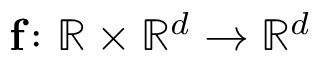
\mathbf { f } \colon \ensuremath { \mathbb { R } } \times \ensuremath { \mathbb { R } ^ { d } } \to \ensuremath { \mathbb { R } ^ { d } }